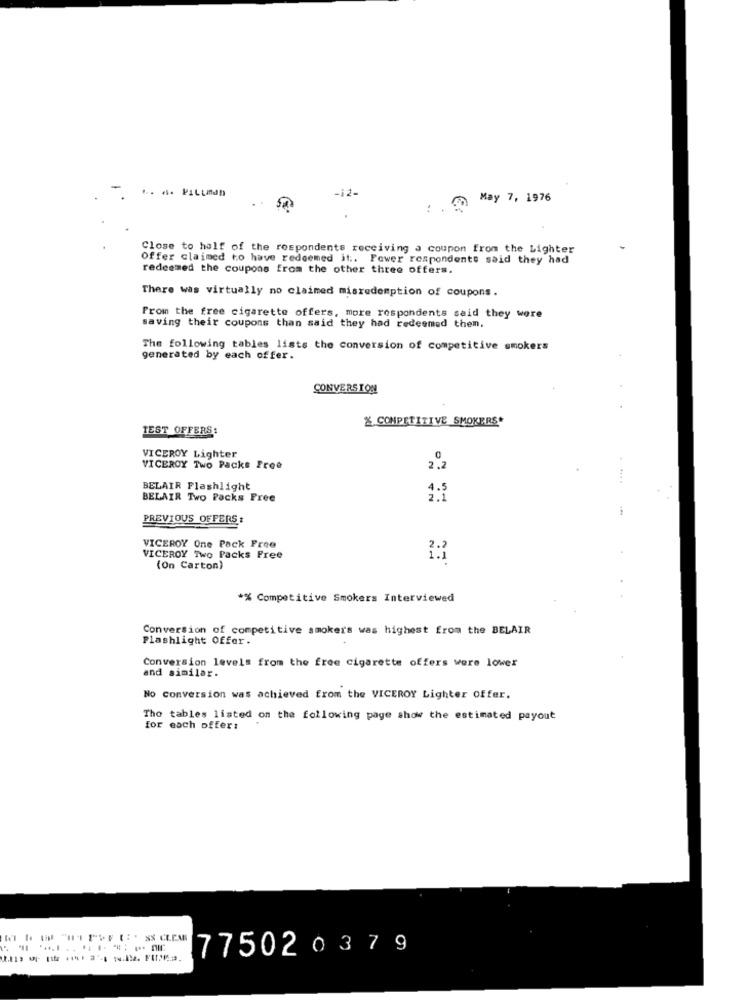
-12-
. .
May 7, 1976
Close to half of the respondents receiving a coupon from the Lighter
Offer claimed to have redeemed it :. Fewer respondents said they had
redeemed the coupons from the other three offers.
There was virtually no claimed misredemption of coupons.
From the free cigarette offers, more respondents said they were
saving their coupons than said they had redeemed then.
The following tables lists the conversion of competitive smokers
generated by each offer.
CONVERSION
% COMPETITIVE SMOKERS*
TEST OFFERS:
VICEROY Lighter
VICEROY Two Packs Free
BELAIR Flashlight
BELAIR Two Packs Free
1.5
PREVIOUS OFFERS :
VICEROY One Pack Free
VICEROY Two Packs Free
(On Carton)
*% Competitive Smokers Interviewed
Conversion of competitive smokers was highest from the BELAIR
Flashlight Offer.
Conversion levels from the free cigarette offers were lower
and similar.
No conversion was achieved from the VICEROY Lighter Offer.
The tables listed on the following page show the estimated payout
for each offer:
77502 0379